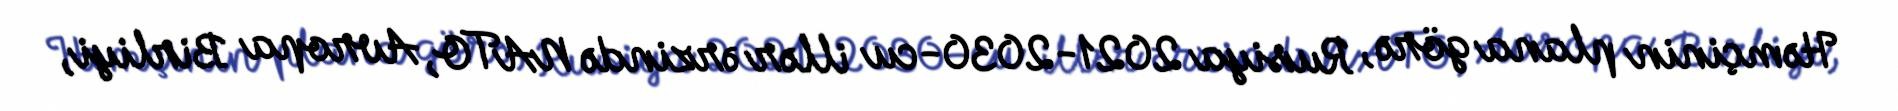
Həmçinin plana görə, Rusiya 2021-2030-cu illər ərzində NATO, Avropa Birliyi,